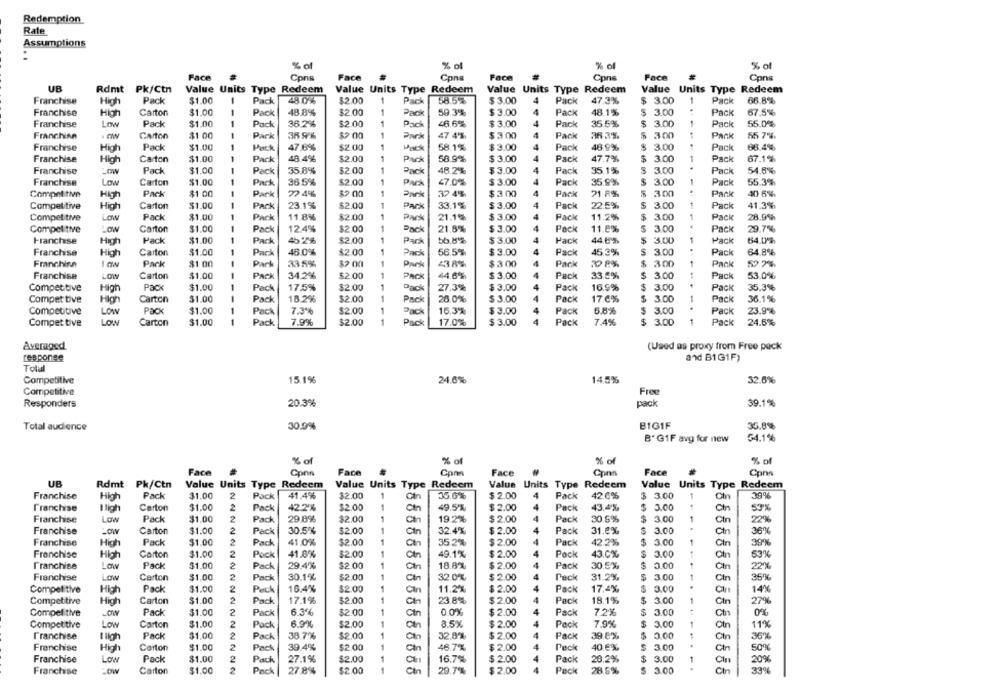
Redemption
Rate
Assumptions
% of
% of
% of
% of
Face
Face
Face
Face
Cons
Cons
Cpns
Cpr
UB
Rdmt Pk/Ctn
Value Units Type Redeem
Value Units Type Redeem
Value Units Type Redeem
Value Units Type Redeem
Franchise
High
Pack
$1.00
1
Pack
48.0%
$2.00
1
Pack
58.5%
$ 3.00
4
Pack
47.3%
$ 3.00
Pack
66.8%
$1.00
1
48.8%
$2.00
59.3%
Pack
48.1%
$ 3.00
67.5%
Franchise
High
Carton
Pack
1
Pack
$ 3.00
4
Pack
Franchise
Low
Pack
$1.00
1
Pack
36.2%
$2.00
1
Pack
46.6%
$ 3.00
4
Pack
35.5%
$ 3.00
Pack
55.0%
Franchinn
Carton
$1 00
-
Park
36 9%
$2 00
1
Park
47 4%
$ 300
Pack
36 35.
$ 300
PACK
55 7%
1
Franchise
High
Pack
$1.00
Pack
47.6%
$2.00
1
58.1%
$ 3.00
4
Pack
48.9%
$ 3.00
Pack
68.4%
Franchise
High
Carton
$1.00
1
Pack
48.4%
$2.00
1
Pack
58.99%
$ 3.00
4
Pack
47.7%
$ 3.00
Pack
67.1%
Franchise
LOW
Pack
$1.00
-
Pack
35.8%
$2.00
1
Pack
48.2%
$ 3.00
Pack
35.1%
$ 3.00
Pack
54.6%
1
Franchise
Low
Carton
$1.00
Pack
36.5%
$2.00
1
Pack
47.0%
$ 3.00
4
Pack
35.9%
$ 3.00
Pack
55.3%
Competitive
High
Pack
$1 00
1
Park
27 4%
$2 00
Park
37 4%
$ 300
4
Pack
21 8%
$ 300
.
Pack
40 6%
Competitive
High
Carton
$1.00
-
Pack
23.1%
$2.00
1
Park
33.1%
$ 3.00
4
Pack
22.5%
$ 3.00
Pack
41.3%
1
Competitive
LOW
Pack
$1.00
Pack
11.8%
$2.00
1
Pack
21.1%
$ 3.00
4
Pack
11.2%
$ 3.00
1
Pack
28.9%
Competitive
Low
Carton
$1.00
Pack
12.4%
$2.00
1
Pack
21.8%
$ 3.00
4
Pack
11.8%
$ 3.00
Pack
29.7%
Franchise
High
Pack
$1.00
--
Pack
$2.00
1
Park
55.8%
$ 3.00
Pack
44.6 %
$ 3.00
1
Pack
54.07%
Franchise
High
Carton
$1.00
Pack
46.0%
$2.00
1
Pack
56.5%
$ 3.00
Pack
45.3%
$ 3.00
Pack
64.8%
33.5%
1
238%
Pack
Pack
Franchina
Pack
$1 00
Park
$2 00
Park
$ 300
30 P%
$ 3.00
52 7%
Franchise
Carton
$1.00
-
Pack
34.2%
$2.00
1
Pack
44.6%
$ 3.00
Pack
33.5%
$ 3.00
Pack
53.0%
Competitive
High
Pack
$1.00
1
Pack
17.5%
$2.00
1
Pack
27.3%
$ 3.00
Pack
16.9%
$ 3.00
Pack
35.3%
$1.00
1
18.2%
$2.00
1
Pack
26.0%
$ 3.00
Pack
17.6%
$ 3.00
1
Pack
36.1%
Compet tive
High
Carton
Pack
4
Competitive
LOW
Pack
$1.00
1
Pack
7.3%
$2.00
1
Pack
16.3%
$ 3.00
Pack
6.8%
$ 3.00
Pack
23.9%
Compet tive
Low
Carton
$1.00
1
Pack
7.9%
$2.00
1
Pack
17.0%
$ 3.00
Pack
7.4%
$ 3.00
1
Pack
24.6%
Averaged
(Used as proxy from Free pack
response
and B1G1F)
Tolu
Competitive
15.1%
24.6%
14.5%
32.6%
Competitive
Free
pack
39.1%
Responders
20.3%
Total audience
30.0%
B101F
35.8%
B' G1F avg for new
54.1%
% of
% of
% of
Face
Face
Face
Cons
Com
Face
Cpns
Cpna
UB
Rdmt
Pk/Ctn
Value Units Type Redeem
Value Units Type Redeem
Value Units Type Redeem
Value Units Type Redeem
Franchise
High
Pack
$1.00
2
Pack
41.4%
$2.00
1
Cin
35.0%
$ 2.00
4
Pack
42.6%
$ 3.00
1
Ch
39%
Franchise
I ligh
Carton
$1.00
2
Pack
42.2%
$2.00
1
Ch
49.5%
$ 2.00
Pack
43,4%
$ 3.00
Chn
53X
Franchise
Low
Pack
$1.00
2
Pack
29.8%
$2.00
1
Cin
19.2%
$ 2.00
Pack
30.6%
$ 3.00
1
Cin
22%
Franchise
Carton
$1.00
2
Pack
30.5%
$2.00
1
Cin
32.4%
$ 2.00
Pack
31.6%
$ 3.00
Cin
36%
Franchise
High
Pack
$1.00
2
Pack
41.0%
$2.00
1
35.2%
$ 2.00
Pack
42.2%
$ 3.00
Ctn
399
Carton
$1.00
2
Pack
41.8%
$2.00
1
49.1%
$ 2.00
Pack
43.0%
$ 3.00
53%
Franchise
High
franchise
Low
Pack
$1.00
2
Pack
29.4%
$2.00
1
18.8%
$ 2.00
Pack
30.5%
$ 3.00
Cin
22%
2
$2.00
on
32.0%
Franchise
Low
Carton
$1.00
Pack
30.1%
1
Cin
$ 2.00
4
Pack
31.2%
$ 3.00
Cin
35%
2
16.4%
$2.00
1
11.2%
$ 2.00
4
Pack
17.4%
$ 3.00
Competitive
High
Pack
$1.00
Pack
Can
Clr
14%
Competitive
High
Carton
$1.00
2
Pack
17.1%
$2.00
1
23.8%
$ 2.00
4
Pack
18.1%
$ 3.00
1
Cin
27%
can
Competitive
Pack
$1.00
2
Pack
6.3%
$2.00
1
Can
$ 2.00
Pack
7.2%
$ 3.00
0%
Low
2
6.9%
$2.00
1
8.5%
1
Competitive
Carton
$1.00
Pack
an
$ 2.00
Pack
7.9%
$ 3.00
Oth
11%
Franchise
Pack
$1.00
2
Pack
38.7%
$2.00
1
on
32.8%
$ 2.00
4
Pack
39.8%
0.00
36%
Franchise
High
Carton
$1.00
2
Pack
39.4%
$2.00
1
Can
46.7%
$ 2.00
4
Peck
40.6%
$ 3.00
Ct
50%
$1.00
2
$2.00
1
1
16.7%
$ 2.00
Pack
28.2%
$ 3.00
Franchise
Low
Pack
Pack
27.1%
a
Cin
20%
:Ow
Carton
$1.00
2
Pack
27.8%
$2.00
Ch
29.7%
$ 2.00
Pack
28.5%
$ 3.00
Ch
339
Franchise